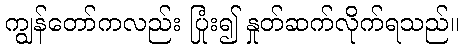
ကျွန်တော်ကလည်း ပြုံး၍ နှုတ်ဆက်လိုက်ရသည်။